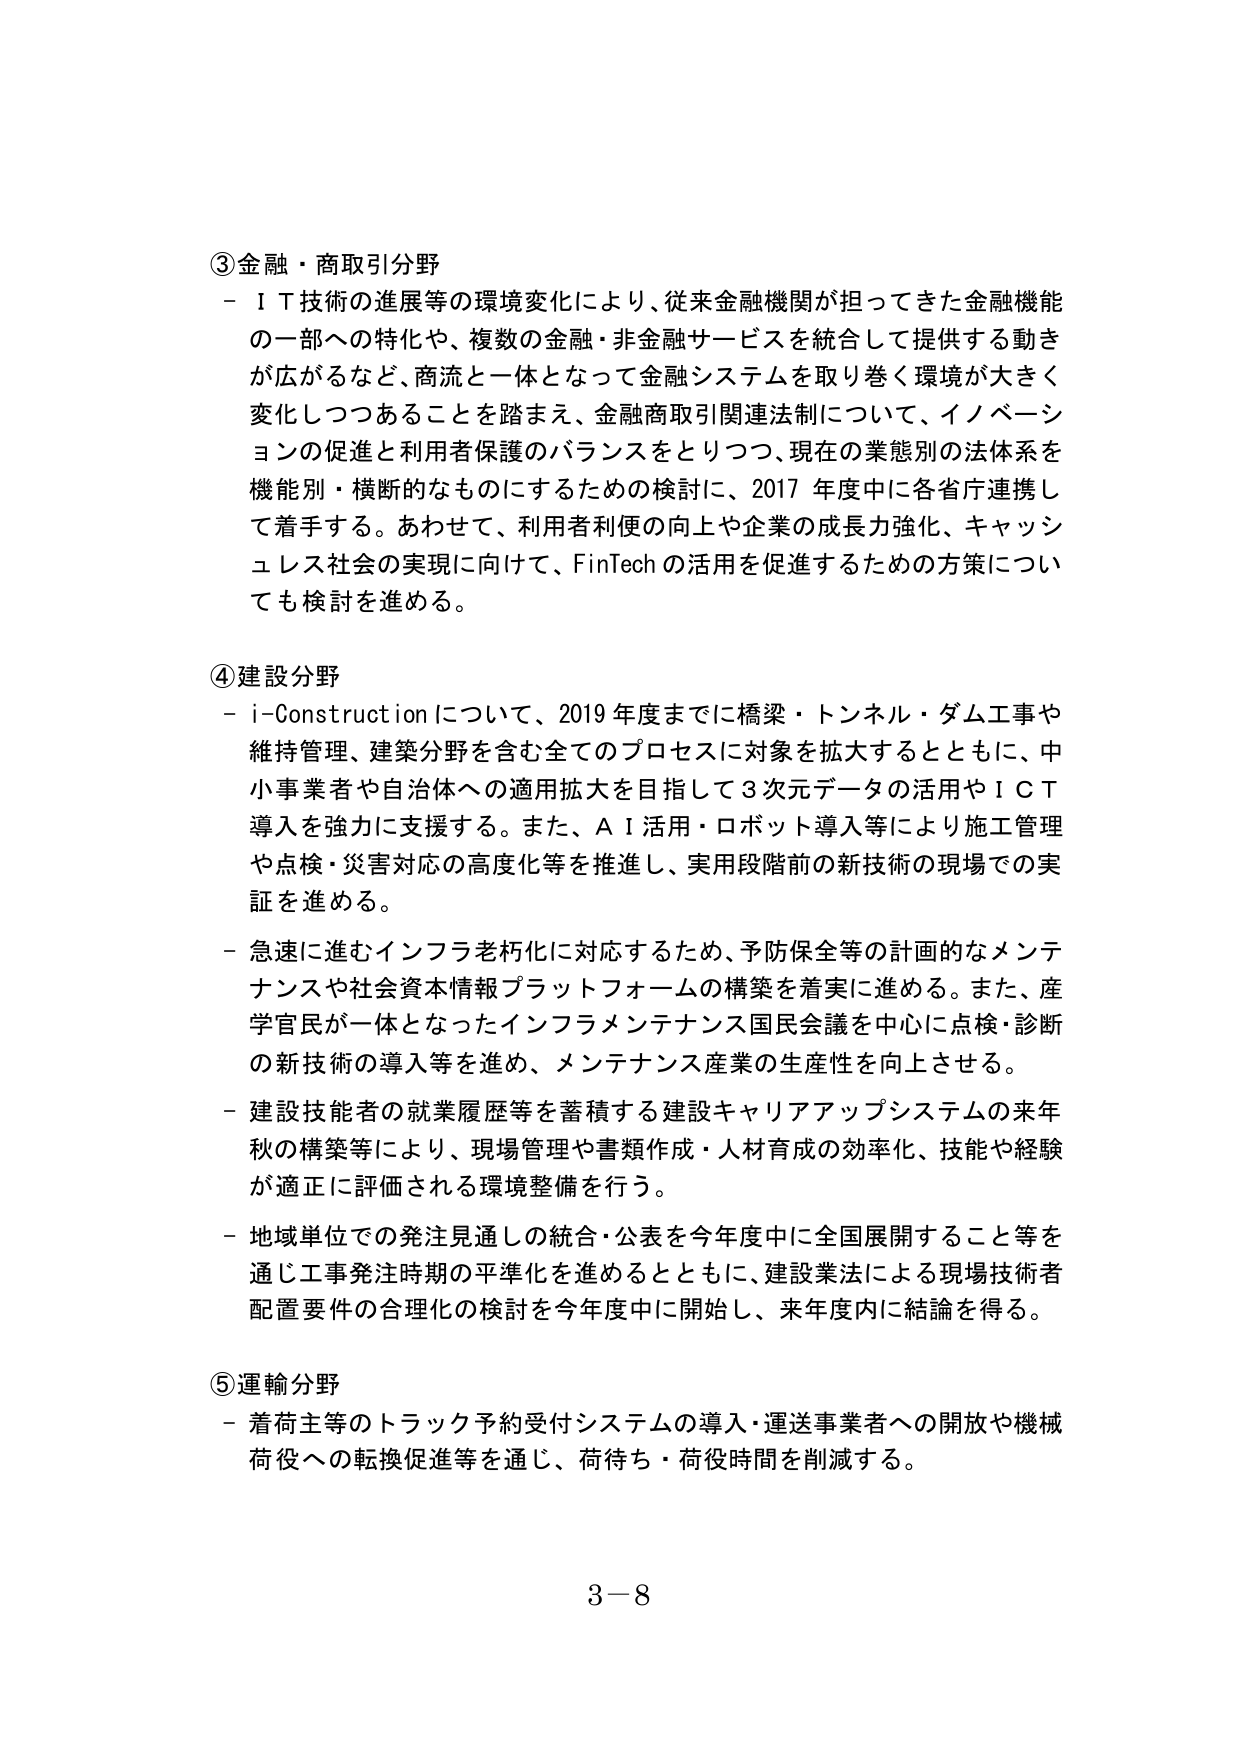
③金融・商取引分野
－ＩＴ技術の進展等の環境変化により、従来金融機関が担ってきた金融機能の一部への特化や、複数の金融・非金融サービスを統合して提供する動きが広がるなど、商流と一体となって金融システムを取り巻く環境が大きく変化しつつあることを踏まえ、金融商取引関連法制について、イノベーションの促進と利用者保護のバランスをとりつつ、現在の業態別の法体系を機能別・横断的なものにするための検討に、2017年度中に各省庁連携して着手する。あわせて、利用者利便の向上や企業の成長力強化、キャッシュレス社会の実現に向けて、FinTechの活用を促進するための方策についても検討を進める。

④建設分野
－i-Constructionについて、2019年度までに橋梁・トンネル・ダム工事や維持管理、建築分野を含む全てのプロセスに対象を拡大するとともに、中小事業者や自治体への適用拡大を目指して3次元データの活用やＩＣＴ導入を強力に支援する。また、ＡＩ活用・ロボット導入等により施工管理や点検・災害対応の高度化等を推進し、実用段階前の新技術の現場での実証を進める。
－急速に進むインフラ老朽化に対応するため、予防保全等の計画的なメンテナンスや社会資本情報プラットフォームの構築を着実に進める。また、産学官民が一体となったインフラメンテナンス国民会議を中心に点検・診断の新技術の導入等を進め、メンテナンス産業の生産性を向上させる。
－建設技能者の就業履歴等を蓄積する建設キャリアアップシステムの来年秋の構築等により、現場管理や書類作成・人材育成の効率化、技能や経験が適正に評価される環境整備を行う。
－地域単位での発注見通しの統合・公表を今年度中に全国展開すること等を通じ工事発注時期の平準化を進めるとともに、建設業法による現場技術者配置要件の合理化の検討を今年度中に開始し、来年度内に結論を得る。

⑤運輸分野
－着荷主等のトラック予約受付システムの導入・運送事業者への開放や機械荷役への転換促進等を通じ、荷待ち・荷役時間を削減する。

3－8